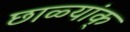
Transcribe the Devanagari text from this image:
छाळ्यांक्